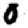
Digit: 0